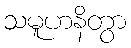
သမူဟနိတွာ